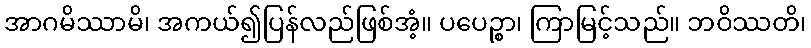
အာဂမိဿာမိ၊ အကယ်၍ပြန်လည်ဖြစ်အံ့။ ပပေဉ္စာ၊ ကြာမြင့်သည်။ ဘဝိဿတိ၊